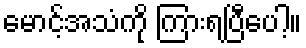
မောင့်အသံကို ကြားရပြီပေါ့။